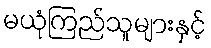
မယုံကြည်သူများနှင့်